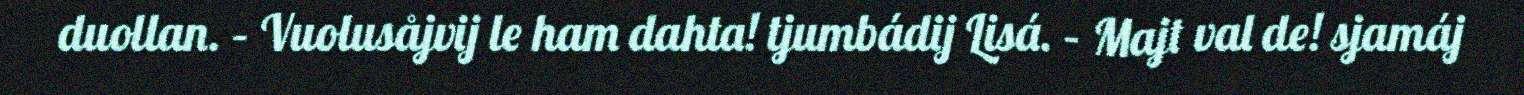
duollan. – Vuolusåjvij le ham dahta! tjumbádij Lisá. – Majt val de! sjamáj